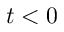
t < 0